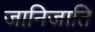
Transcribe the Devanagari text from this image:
जानिजाति